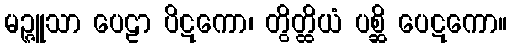
မဉ္ဇူသာ ပေဠာ ပိဋကော၊ တွိတ္ထိယံ ပစ္ဆိ ပေဋကော။